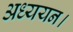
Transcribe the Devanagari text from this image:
अध्‍ययन।